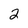
Character: 2